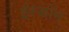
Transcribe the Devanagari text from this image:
ईस्काॅन